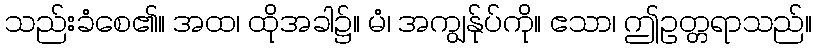
သည်းခံစေ၏။ အထ၊ ထိုအခါ၌။ မံ၊ အကျွန်ုပ်ကို။ ဧသာ၊ ဤဥတ္တရာသည်။